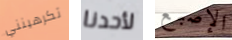
تكرهينني لأحدنا الإصبع